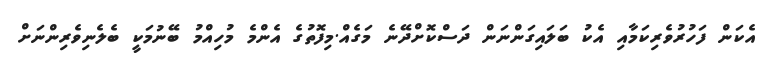
އެކަން ފަހުރުވެރިކަމާއި އެކު ބަލައިގަންނަން ދަސްކޮށްދޭނެ މަގެއް.މިފޮތުގެ އެންމެ މުހިއްމު ބޭނުމަކީ ބެލެނިވެރިންނަށް